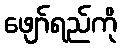
ဖျော်ရည်ကို